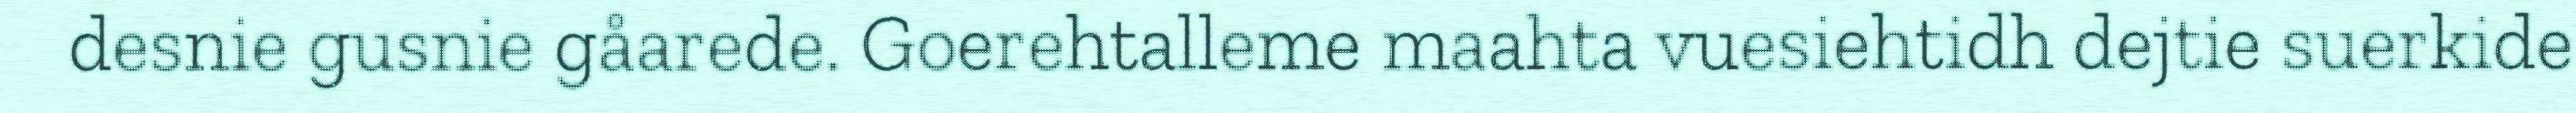
desnie gusnie gåarede. Goerehtalleme maahta vuesiehtidh dejtie suerkide